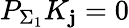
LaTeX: P_{\Sigma_{1}}K_{\mathbf{j}}=0